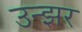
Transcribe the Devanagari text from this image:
उन्झर